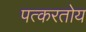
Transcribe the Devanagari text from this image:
पत्करतोय